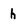
Character: h